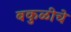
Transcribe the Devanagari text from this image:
बकुळीचे